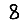
Digit: 8